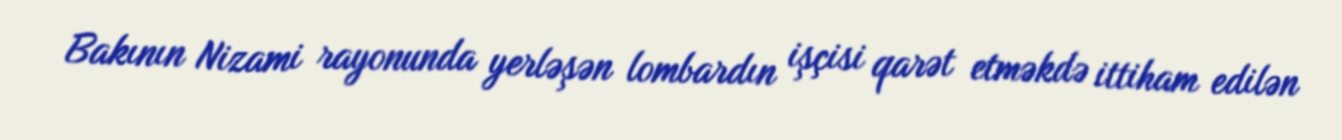
Bakının Nizami rayonunda yerləşən lombardın işçisi qarət etməkdə ittiham edilən